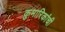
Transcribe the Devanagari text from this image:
कुमारिकांची